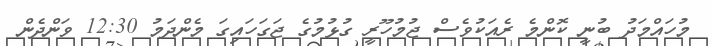
މުހައްމަދު ބުނީ ކޮންމެ ރެއަކުވެސް ޖުމުހޫރީ ގުޅުމުގެ ޖަގަހައިގަ މެންދަމު 12:30 ވަންދެން